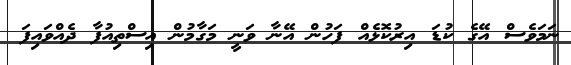
ނަމަވެސް އޭގެ ކުޑަ އިރުކޮޅެއް ފަހުން އޭނާ ވަނީ މަގާމުން އިސްތިއުފާ ދެއްވައިފަ